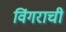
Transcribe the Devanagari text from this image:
विंगराची